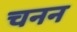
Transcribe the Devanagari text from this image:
चनन